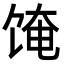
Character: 𬲼